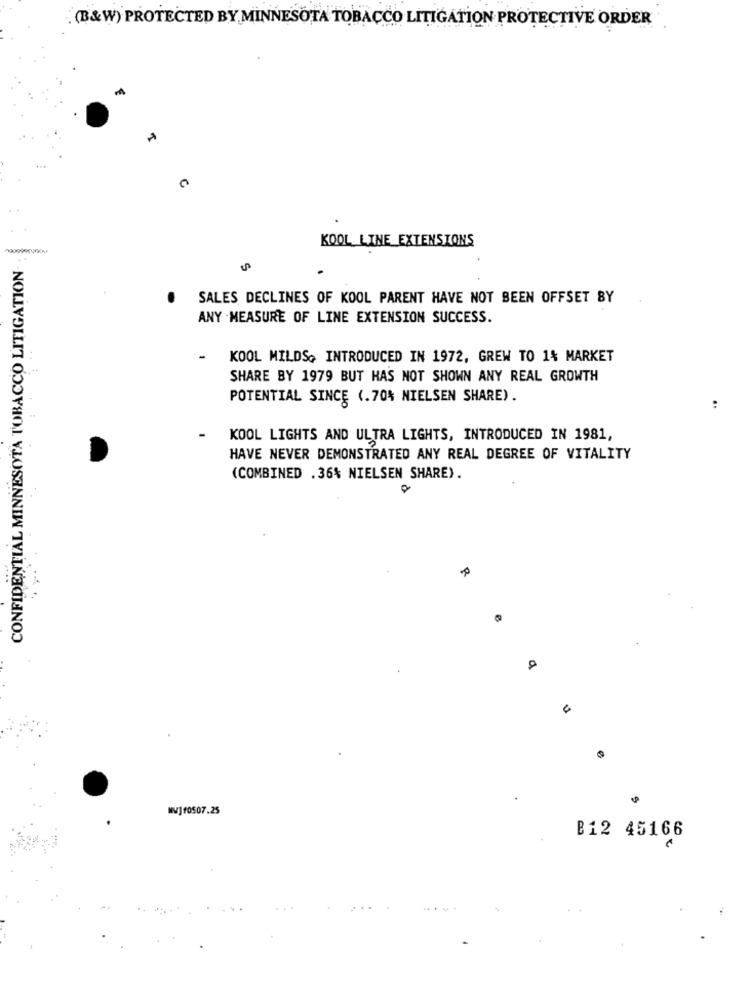
(B&W) PROTECTED BY MINNESOTA TOBACCO LITIGATION PROTECTIVE ORDER
KOOL LINE EXTENSIONS
CONFIDENTIAL MINNESOTA TOBACCO LITIGATION
SALES DECLINES OF KOOL PARENT HAVE NOT BEEN OFFSET BY
ANY MEASURE OF LINE EXTENSION SUCCESS.
-
KOOL MILDS, INTRODUCED IN 1972, GREW TO 1% MARKET
SHARE BY 1979 BUT HAS NOT SHOWN ANY REAL GROWTH
POTENTIAL SINCE (.70% NIELSEN SHARE).
:
KOOL LIGHTS AND ULTRA LIGHTS, INTRODUCED IN 1981,
HAVE NEVER DEMONSTRATED ANY REAL DEGREE OF VITALITY
(COMBINED . 36% NIELSEN SHARE).
4
MVJf0507.25
B12 45166